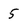
Character: 5